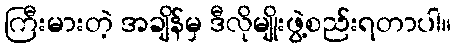
ကြီးမားတဲ့ အချိန်မှ ဒီလိုမျိုးဖွဲ့စည်းရတာပါ။